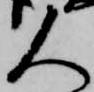
人